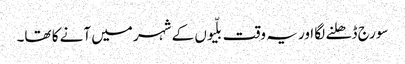
سورج ڈھلنے لگا اور یہ وقت بلّیوں کے شہر میں آنے کا تھا۔